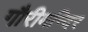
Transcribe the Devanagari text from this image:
गौरीमन्दिर